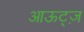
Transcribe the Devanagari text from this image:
आऊट्ज़